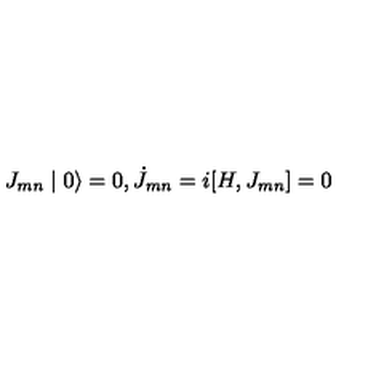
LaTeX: J _ { m n } \mid 0 \rangle = 0 , \dot { J } _ { m n } = i [ H , J _ { m n } ] = 0